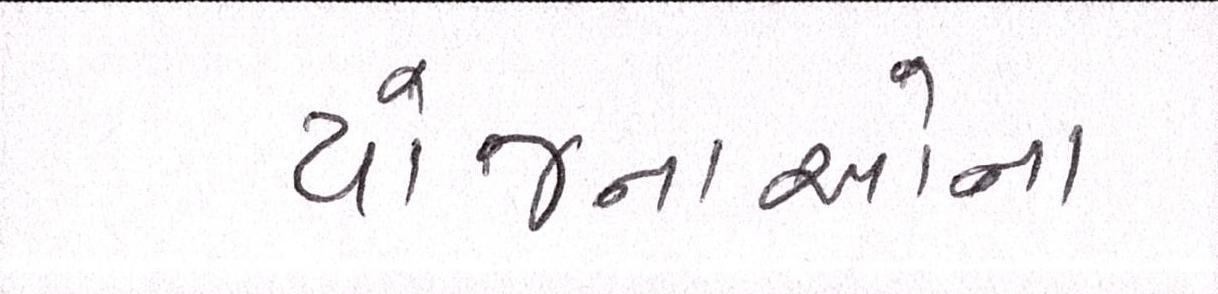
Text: યોજનાઓના